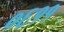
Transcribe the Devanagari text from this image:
०६११